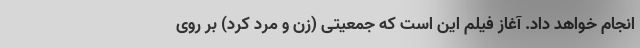
انجام خواهد داد. آغاز فیلم این است که جمعیتی (زن و مرد کُرد) بر روی